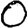
Digit: 0